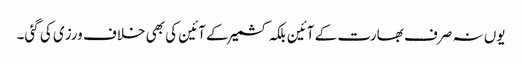
یوں نہ صرف بھارت کے آئین بلکہ کشمیر کے آئین کی بھی خلاف ورزی کی گئی۔